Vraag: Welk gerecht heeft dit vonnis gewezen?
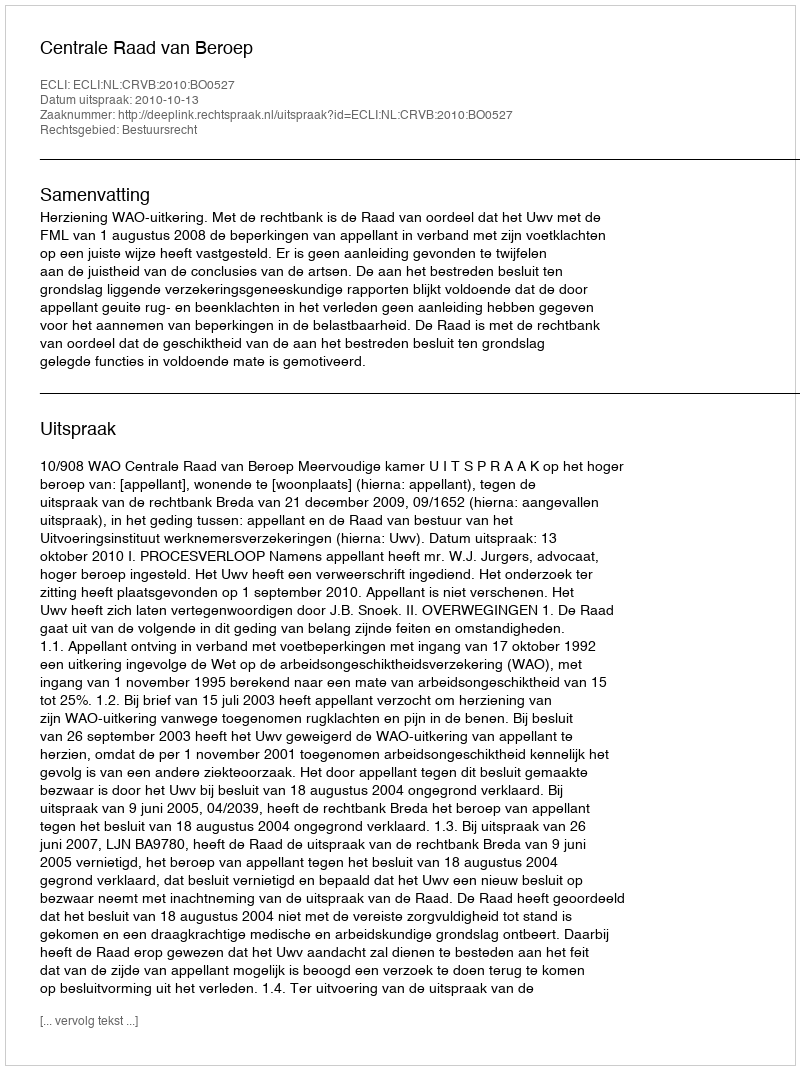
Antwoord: Centrale Raad van Beroep